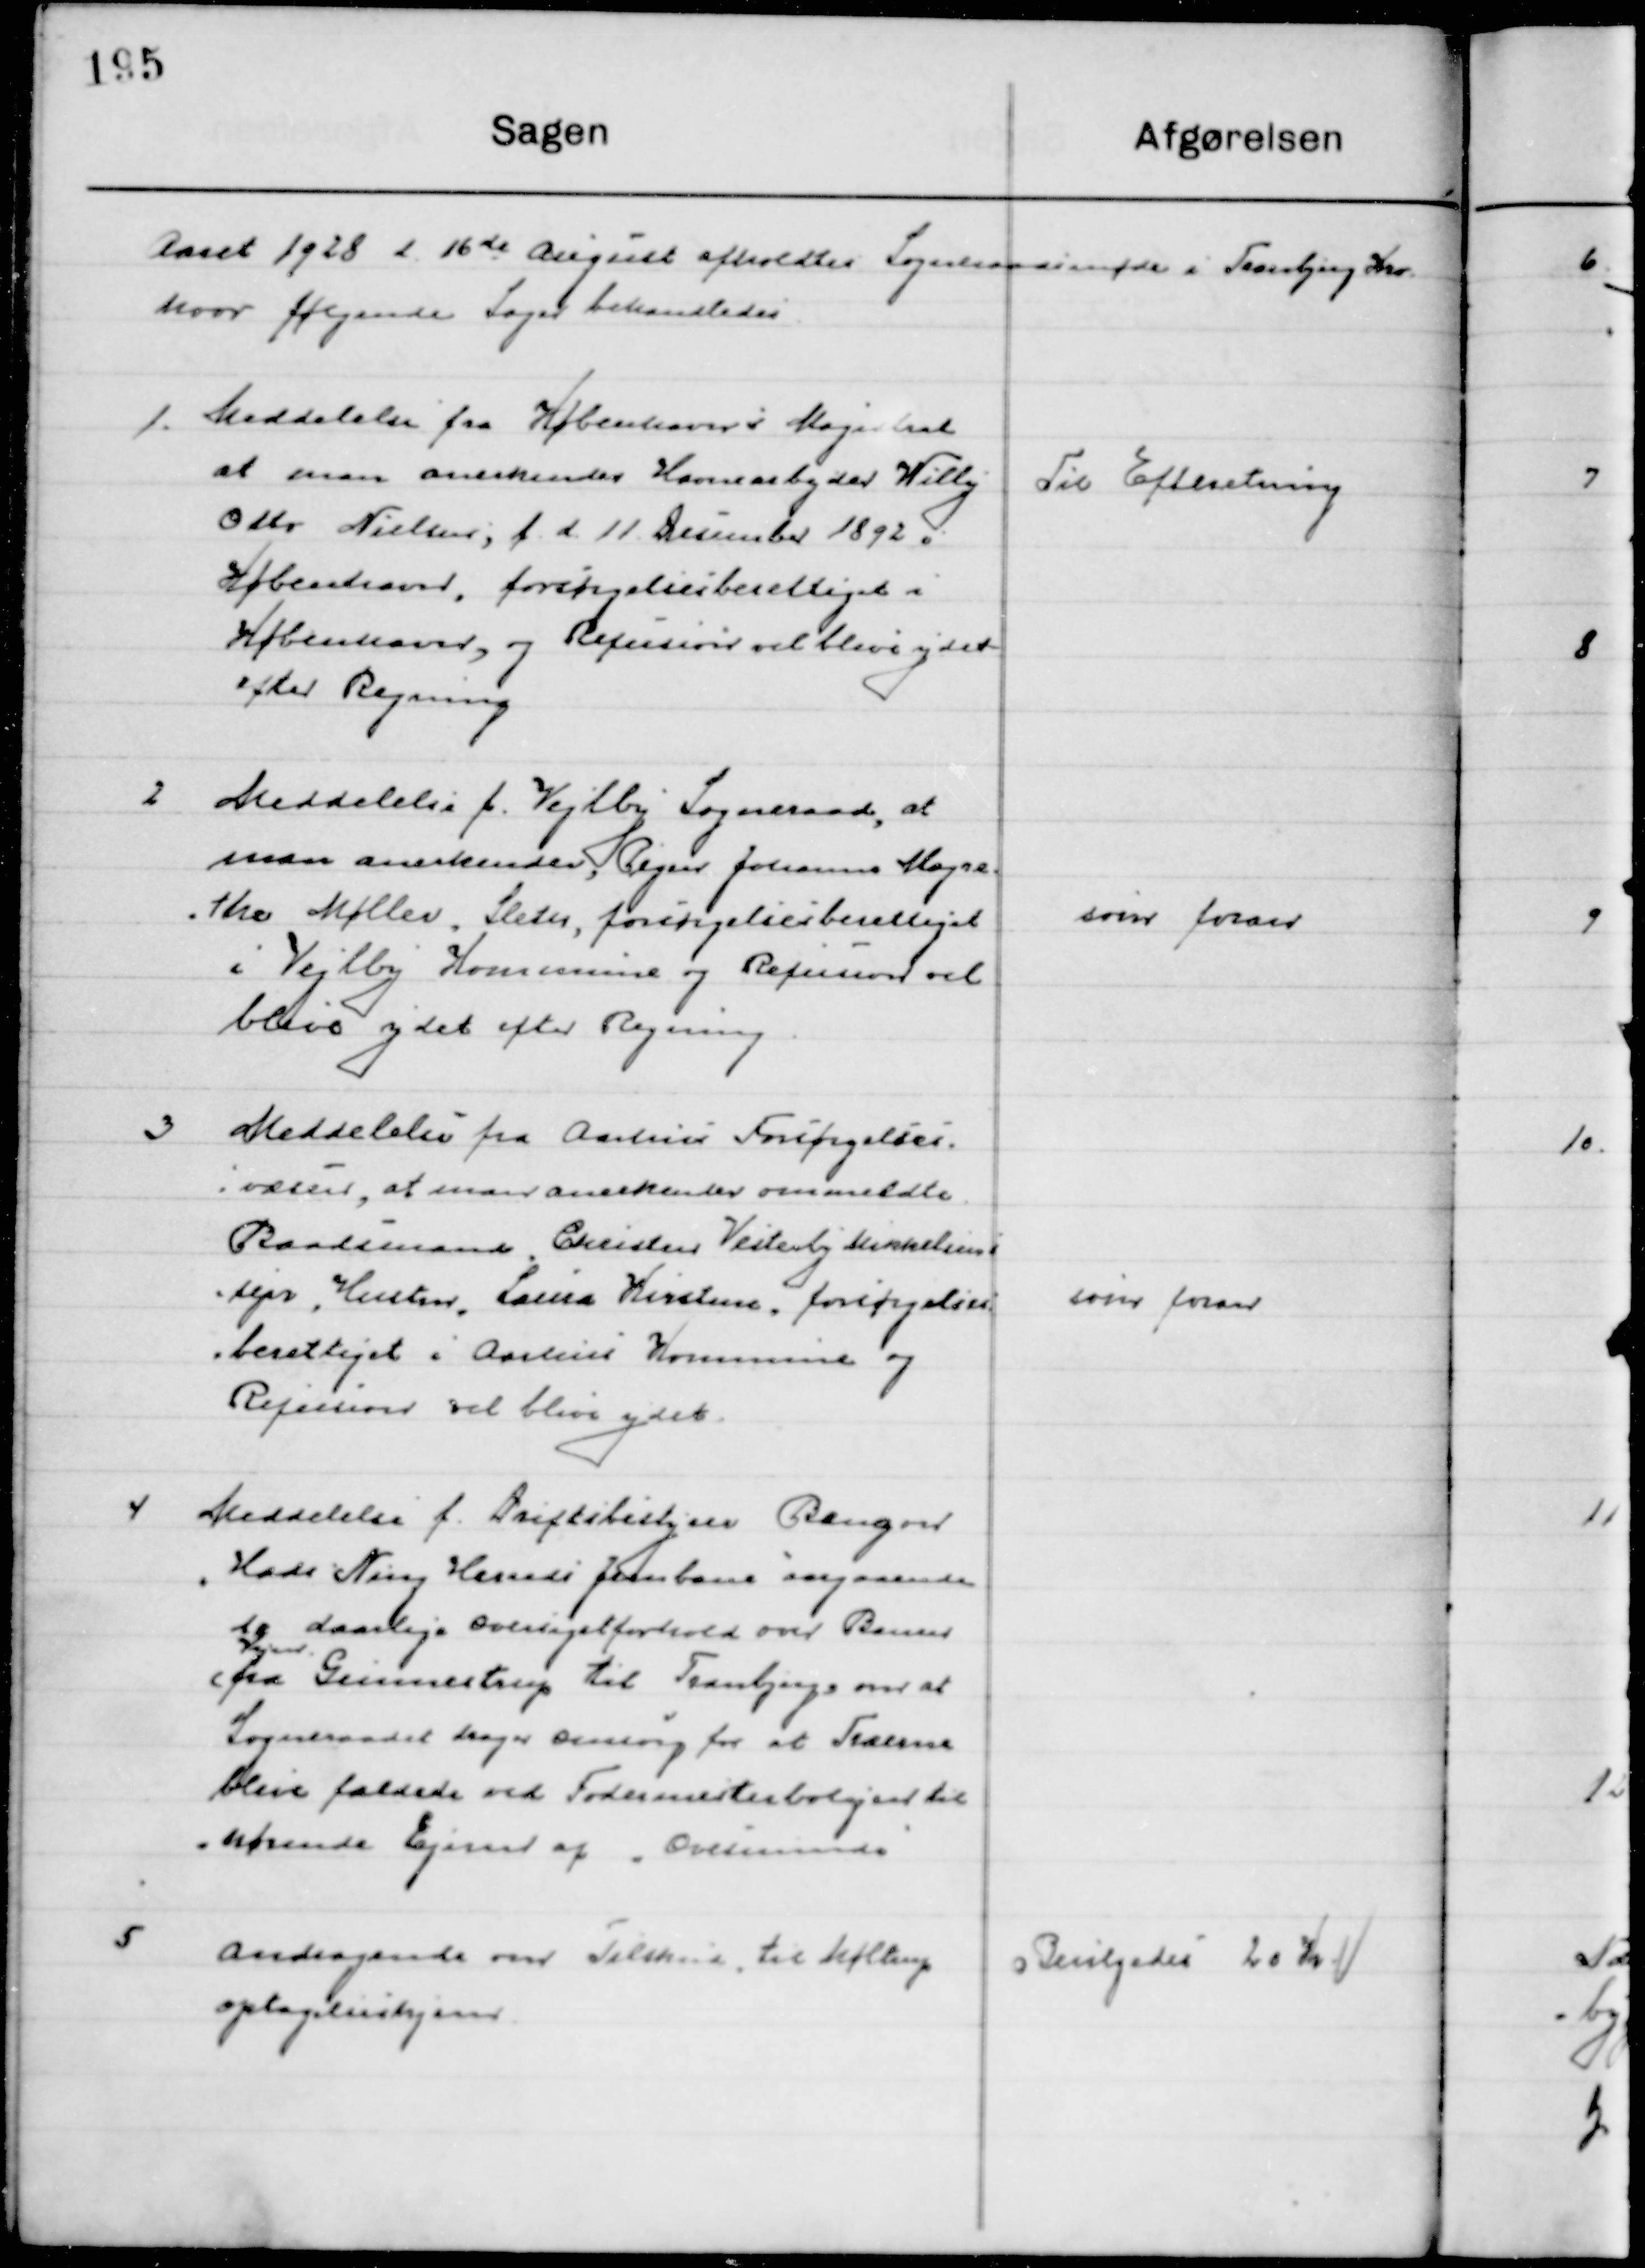
Transskription:
Aaret 1928 d. 16de August afholdtes Sogneraadsmøde i Tranbjerg Kro
hvor følgende Sager behandledes.

1

Meddelelse fra Københavns Magistrat 
at man anerkender Havnearbejder Willy
Otto Nielsen, f. d. 11 December 1892 i
København, forsørgelsesberettiget i
København, og Refusion vil blive ydet
 efter Regning

Til Efterretning

2

Meddelelse f. Vejlby Sogneraad, at
man anerkender Plejer Johanne Margre-
the Møller, Sleter, forsørgelsesberettiget 
i Vejlby Kommune og Refusion vil 
blive ydet efter Regning

som foran

3

Meddelelse fra Aarhus Forsørgelses
væsen, at man anerkender ommeldte
Baadsmand Christensen Vesterby Mikkelsens
sepr. Hustru, Laura Kirstine forsørgelses-
berettiget i Aarhus kommune og 
Refusion vil blive ydet.

som foran

4

Meddelelse f. Driftsbestyrer Bangert
Hads Ning Herreds Jernbane angaaen-
de daarlige oversigtsforhold over Banen

fra Gunnestrup til Tranbjerg over at
Sogneraadet drager omsorg for at Træerne
bliver fældede ved Fodermesterboligen til-
hørende Ejnar af ”Overminde”

5

Andragende om tilskud til Møllerup
Optagelseshjem

Bevilgedes 20 Kr.